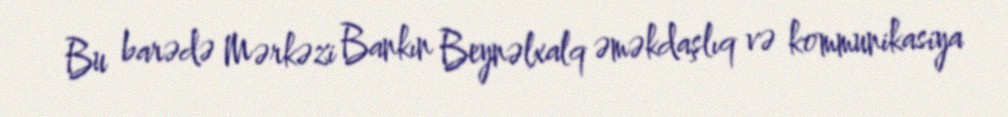
Bu barədə Mərkəzi Bankın Beynəlxalq əməkdaşlıq və kommunikasiya